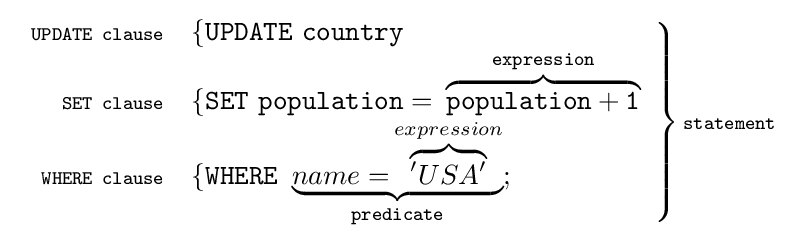
\left.{\begin{array}{rl}\scriptstyle {\mathtt {UPDATE~clause}}&\{{\mathtt {UPDATE\ country}}\\\scriptstyle {\mathtt {SET~clause}}&\{{\mathtt {SET\ population=~}}\overbrace {\mathtt {population+1}} ^{\mathtt {expression}}\\\scriptstyle {\mathtt {WHERE~clause}}&\{{\mathtt {WHERE\ \underbrace {{name=}\overbrace {'USA'} ^{expression}} _{predicate};}}\end{array}}\right\}{\scriptstyle {\texttt {statement}}}